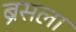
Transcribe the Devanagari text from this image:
ब्रेसला